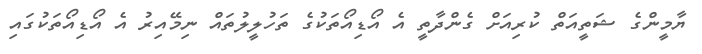
ޔާމީންގެ ޝަތީއަތް ކުރިއަށް ގެންދާތީ އެ އޯޑިއޯތަކުގެ ތަހުލީލުތައް ނިމޭއިރު އެ އޯޑިއޯތަކުގައި